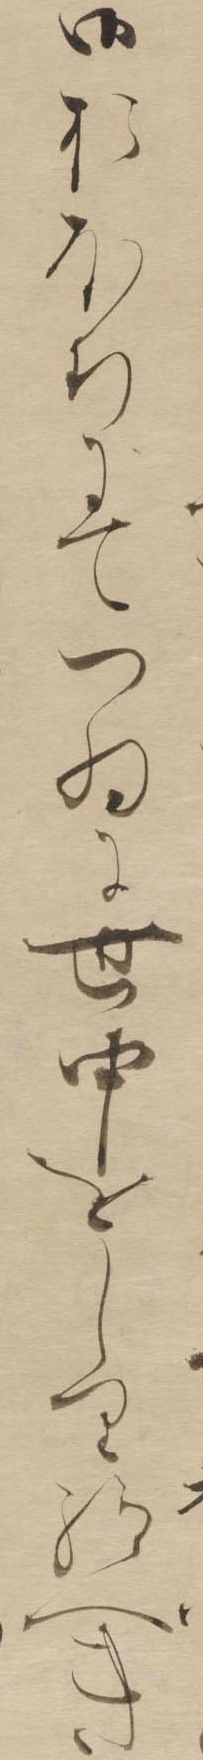
御おほちにてつゐに世中をしり給へき